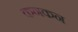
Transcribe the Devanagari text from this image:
कनकन